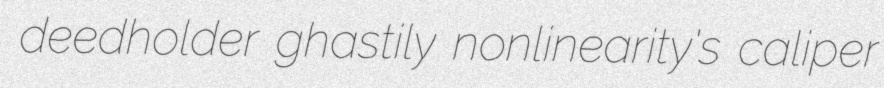
deedholder ghastily nonlinearity's caliper